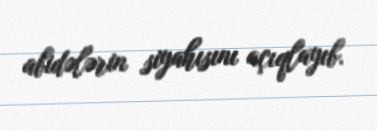
abidələrin siyahısını açıqlayıb.